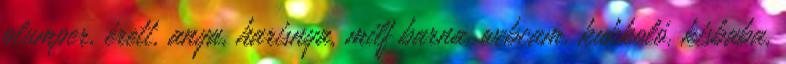
plumper, érett, anya, harisnya, milf barna, webcam, kukkoló, kisbaba,